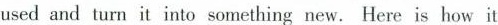
used and turn it into something new, Here is how it